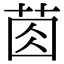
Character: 𦯯